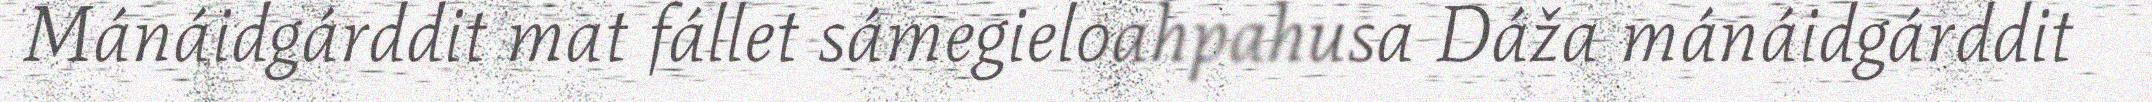
Mánáidgárddit mat fállet sámegieloahpahusa Dáža mánáidgárddit